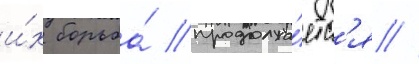
и́х борьба́ продолжа́етс'я //